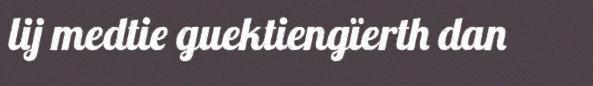
lij medtie guektiengïerth dan